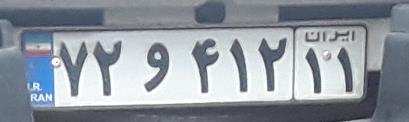
۷۲و۴۱۲۱۱